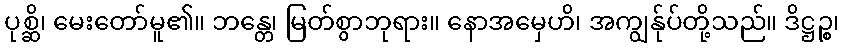
ပုစ္ဆိ၊ မေးတော်မူ၏။ ဘန္တေ၊ မြတ်စွာဘုရား။ နောအမှေဟိ၊ အကျွန်ုပ်တို့သည်။ ဒိဋ္ဌဉ္စ၊